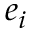
e _ { i }